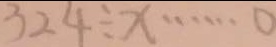
3 2 4 \div x \cdots 0